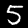
Label: 5